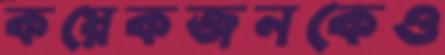
কয়েকজনকেও